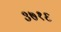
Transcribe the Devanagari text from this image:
३७१६